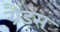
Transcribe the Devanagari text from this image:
ग्रैंडस